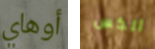
أوهاي ألكس